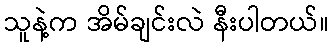
သူနဲ့က အိမ်ချင်းလဲ နီးပါတယ်။